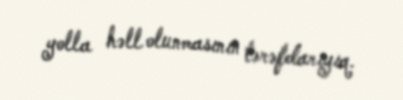
yolla həll olunmasının tərəfdarıyıq.